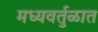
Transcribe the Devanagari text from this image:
मध्यवर्तुळात